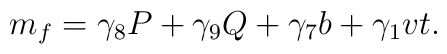
m_f=\gamma_8 P + \gamma_9 Q + \gamma_7 b + \gamma_1 vt.